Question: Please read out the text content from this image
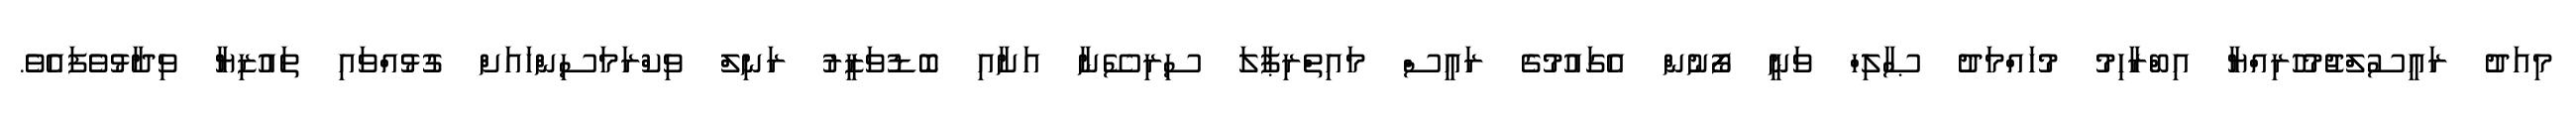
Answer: މިއަދު ރައީސުލްޖުމުހުރިއްޔާ އިބްރާހިމު މުހައްމަދު ޞާލިހް ވަނީ ފޯނުން އެގައުމުގެ ރައީސް މައިތްރިޕާލަ ސިރިސޭނާ އަށާއި ބޮޑުވަޒީރު ރަނިލް ވިކްރަމަސިންހައަށް ގުޅުއްވައި ތައުޒިޔާ ވިދާޅުވެފައެވެ.